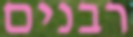
רבנים